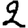
Digit: 2